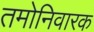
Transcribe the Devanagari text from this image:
तमोनिवारक